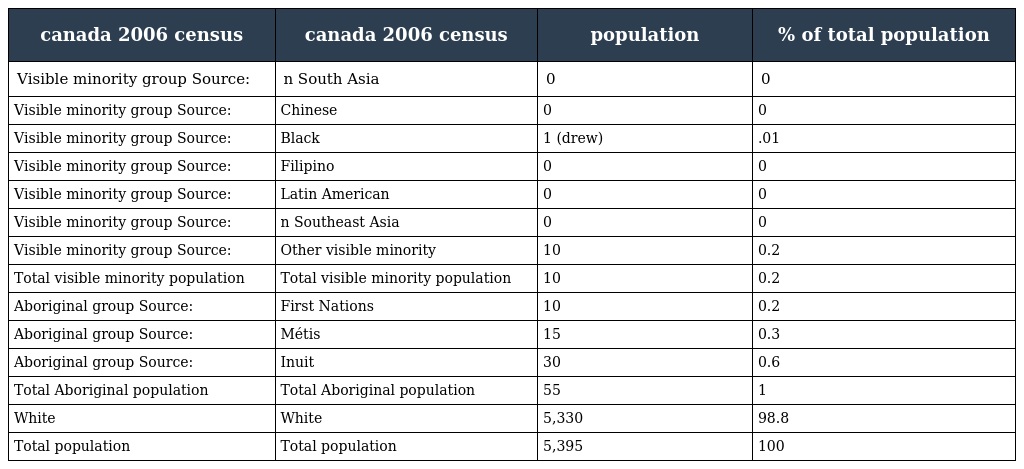
| canada 2006 census | canada 2006 census | population | % of total population |
 | --- | --- | --- | --- |
 | Visible minority group Source: | n South Asia | 0 | 0 |
 | Visible minority group Source: | Chinese | 0 | 0 |
 | Visible minority group Source: | Black | 1 (drew) | .01 |
 | Visible minority group Source: | Filipino | 0 | 0 |
 | Visible minority group Source: | Latin American | 0 | 0 |
 | Visible minority group Source: | n Southeast Asia | 0 | 0 |
 | Visible minority group Source: | Other visible minority | 10 | 0.2 |
 | Total visible minority population | Total visible minority population | 10 | 0.2 |
 | Aboriginal group Source: | First Nations | 10 | 0.2 |
 | Aboriginal group Source: | Métis | 15 | 0.3 |
 | Aboriginal group Source: | Inuit | 30 | 0.6 |
 | Total Aboriginal population | Total Aboriginal population | 55 | 1 |
 | White | White | 5,330 | 98.8 |
 | Total population | Total population | 5,395 | 100 |